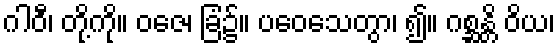
ဂါဝီ၊ တို့ကို။ ဝဇေ၊ ခြံ၌။ ပဝေသေတွာ၊ ၍။ ဂစ္ဆန္တိ ဝိယ၊